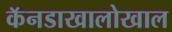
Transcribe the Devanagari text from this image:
कॅनडाखालोखाल